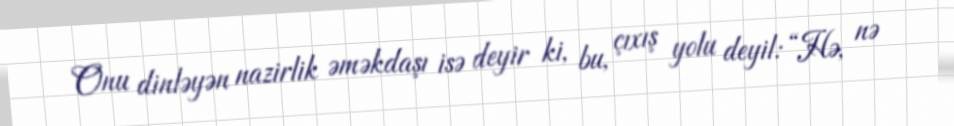
Onu dinləyən nazirlik əməkdaşı isə deyir ki, bu, çıxış yolu deyil: “Hə, nə